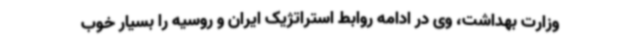
وزارت بهداشت، وی در ادامه روابط استراتژیک ایران و روسیه را بسیار خوب